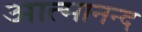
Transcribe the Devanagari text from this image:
आत्‍मानन्द